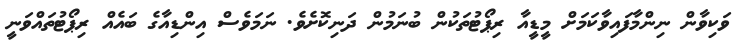
ވަކިވާން ނިންމާފައިވާކަމަށް މީޑީއާ ރިޕޯޓުތަކުން ބުނަމުން ދަނިކޮށެވެ. ނަމަވެސް އިންޑިއާގެ ބައެއް ރިޕޯޓުތައްވަނީ